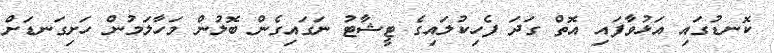
ކޮނޑުގައި އަޅުވާފައި އޮތް ގަދަ ފެހިކުލައިގެ ޓީޝާޓު ނަގައިގެން ބޮލުން މަހާލަމުން ހަށިގަނޑަށް